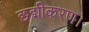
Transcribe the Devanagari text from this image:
छद्मीकरण।